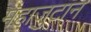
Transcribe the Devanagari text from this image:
महाजुटान